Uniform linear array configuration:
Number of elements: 16
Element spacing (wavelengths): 0.5
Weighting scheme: binomial
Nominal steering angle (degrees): -15
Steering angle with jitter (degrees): -14.26
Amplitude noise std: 0.05
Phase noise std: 0.05

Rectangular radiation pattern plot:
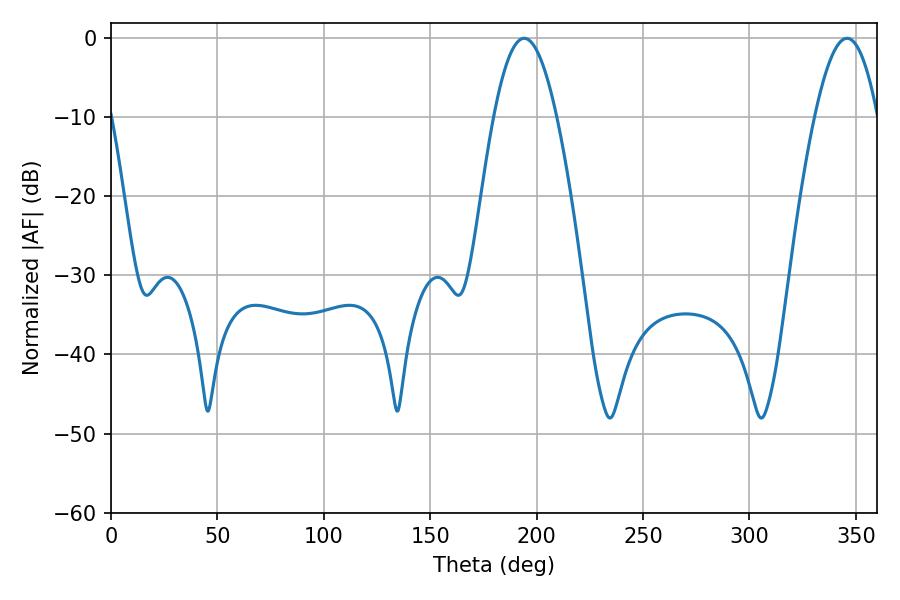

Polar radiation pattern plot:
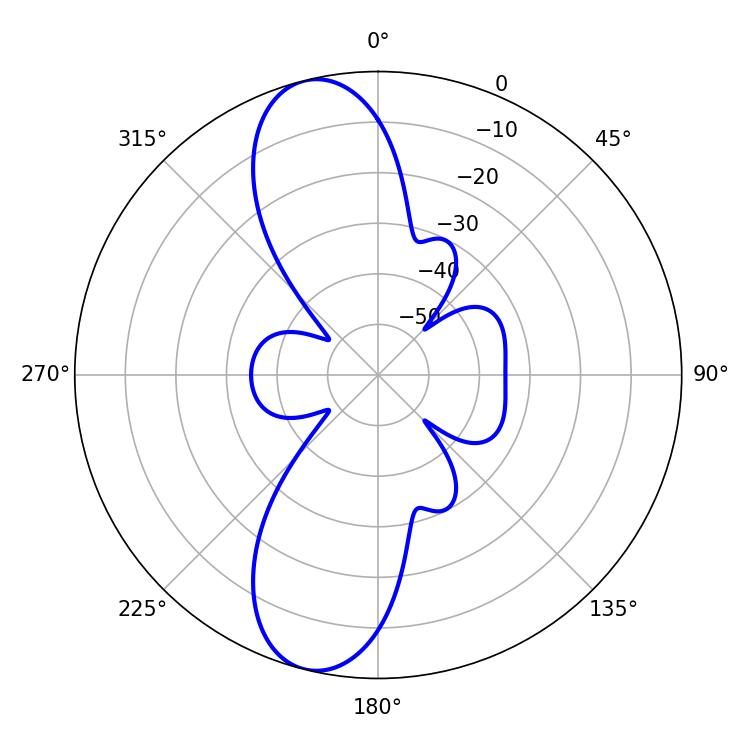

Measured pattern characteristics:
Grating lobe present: FALSE
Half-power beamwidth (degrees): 16.02
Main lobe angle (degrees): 194.22